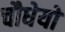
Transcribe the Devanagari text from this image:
चौधेयों